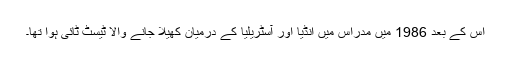
اس کے بعد 1986 میں مدراس میں انڈیا اور آسٹریلیا کے درمیان کھیلا جانے والا ٹیسٹ ٹائی ہوا تھا۔